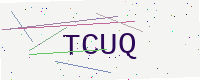
Text: TCUQ